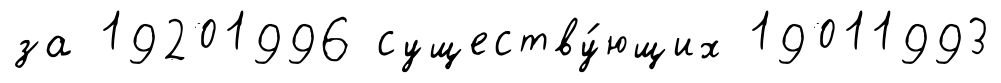
за 19201996 существу́ющих 19011993